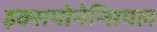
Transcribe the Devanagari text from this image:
इक्सपोनेन्सियल